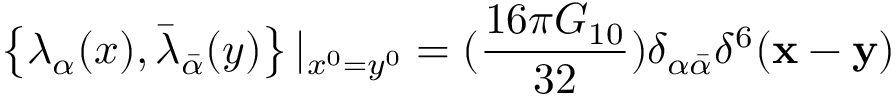
\left\{ \lambda _ { \alpha } ( x ) , \bar { \lambda } _ { \bar { \alpha } } ( y ) \right\} | _ { x ^ { 0 } = y ^ { 0 } } = ( \frac { 1 6 \pi G _ { 1 0 } } { 3 2 } ) \delta _ { \alpha \bar { \alpha } } \delta ^ { 6 } ( { \bf x } - { \bf y } )